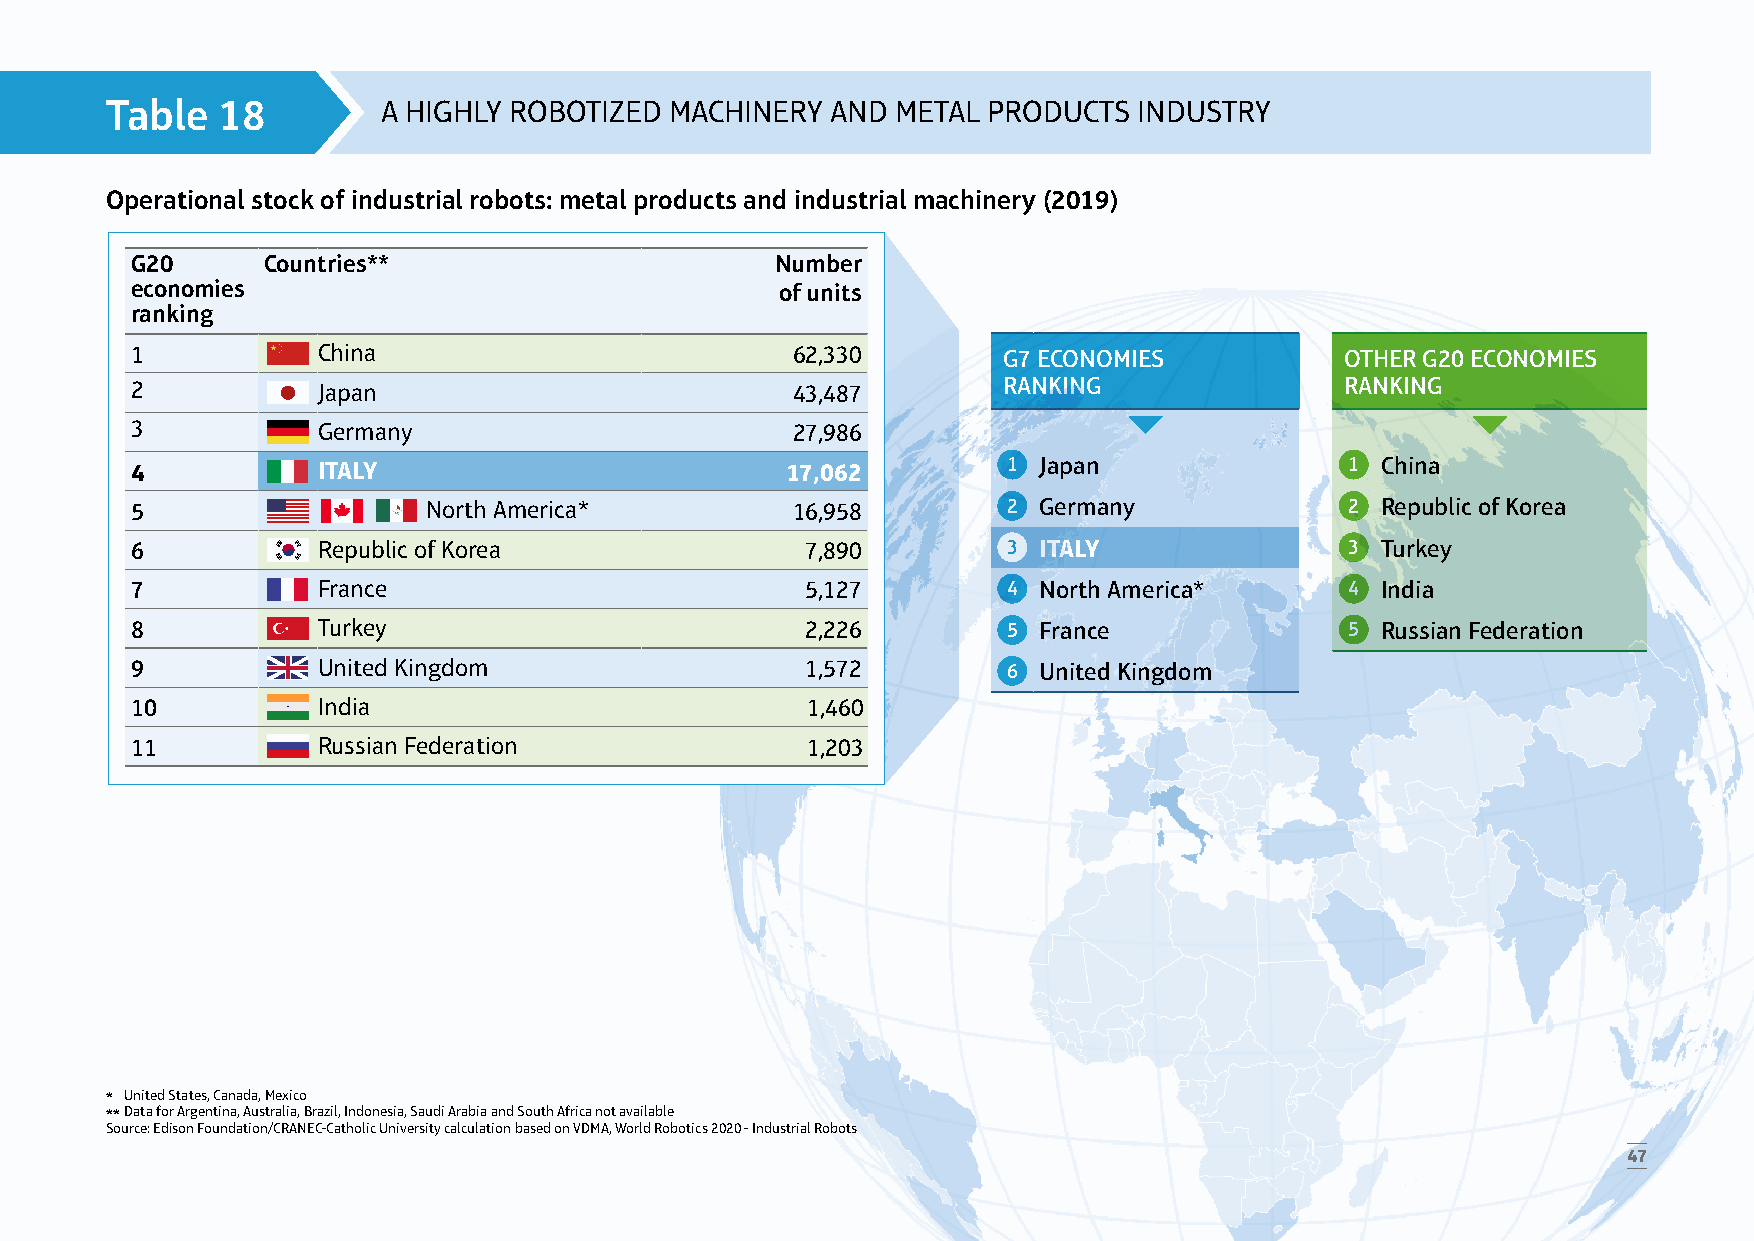
Table  18         A HIGHLY ROBOTIZED MACHINERY  AND METAL PRODUCTS  INDUSTRY
 Operational stock of industrial robots: metal products and industrial machinery (2019)
 G20     Countries**                       Number
 economies                                  of units
 ranking
 1           China                          62,330        G7 ECONOMIES           OTHER G20 ECONOMIES
 2           Japan                          43,487        RANKING                RANKING
 3           Germany                        27,986
 4           ITALY                          17,062         1 Japan               1 China
 5                  North America*          16,958         2 Germany             2 Republic of Korea
 6           Republic of Korea               7,890         3 ITALY               3 Turkey
 7           France                          5,127         4 North America*      4 India
 8           Turkey                          2,226         5 France              5 Russian Federation
 9           United Kingdom                  1,572         6 United Kingdom
 10          India                           1,460
 11          Russian Federation              1,203
 * United States, Canada, Mexico
 ** Data for Argentina, Australia, Brazil, Indonesia, Saudi Arabia and South Africa not available
 Source: Edison Foundation/CRANEC-Catholic University calculation based on VDMA, World Robotics 2020 - Industrial Robots
 47